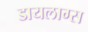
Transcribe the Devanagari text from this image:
डायलाग्स